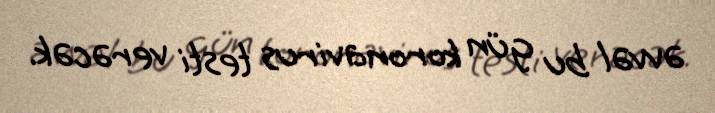
əvvəl bu gün koronavirus testi verəcək.